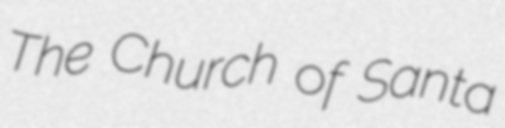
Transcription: The Church of Santa